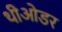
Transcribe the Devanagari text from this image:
थीओडर